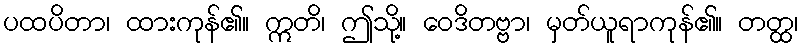
ပထပိတာ၊ ထားကုန်၏။ ဣတိ၊ ဤသို့။ ဝေဒိတဗ္ဗာ၊ မှတ်ယူရာကုန်၏။ တတ္ထ၊